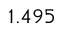
1 . 4 9 5